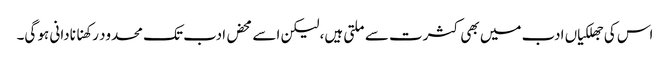
اس کی جھلکیاں ادب میں بھی کثرت سے ملتی ہیں، لیکن اسے محض ادب تک محدود رکھنا نادانی ہو گی۔